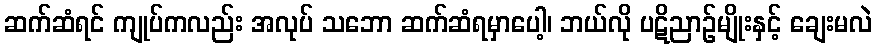
ဆက်ဆံရင် ကျုပ်ကလည်း အလုပ် သဘော ဆက်ဆံရမှာပေါ့၊ ဘယ်လို ပဋိညာဉ်မျိုးနှင့် ချေးမလဲ